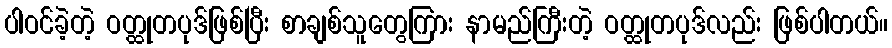
ပါဝင်ခဲ့တဲ့ ဝတ္ထုတပုဒ်ဖြစ်ပြီး စာချစ်သူတွေကြား နာမည်ကြီးတဲ့ ဝတ္ထုတပုဒ်လည်း ဖြစ်ပါတယ်။